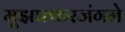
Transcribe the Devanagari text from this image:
मुझफ्फरजंगने